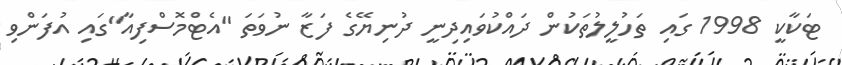
ޓަކާކީ 1998 ގައި ތަހުލީލުތަކުން ދައްކުވައިދިނީ ދުނިޔޭގެ ފަޒާ ނުވަތަ "އެޓްމޮސްފިއާ"ގައި އުފަންވި